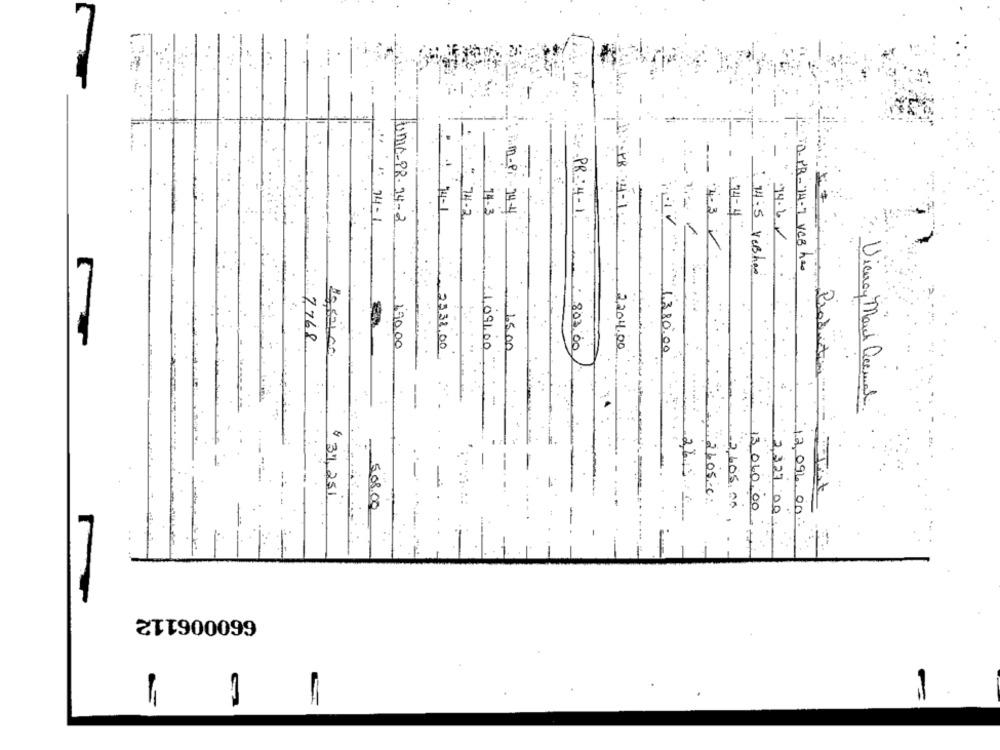
-
..
": 14-
: 14-1
14.3
UNIC-PR- 34-2
: D-PT. 74-4
PR: 4-1.
374-2
34-4"
4.3
14.6.
1- 0- PB-14-7 VC3 h20
14:5 recher
Produ
7768
190,00
15.00
2538,00
1.091.00
: 803.00
2,204.00
MU 3 80.00
Vieway Mail Decimal
$31,251
:2605.c.
5.08.00
2,605.00
13 060,00
.
2,327.00
2,65
12,096.00
660006112